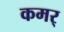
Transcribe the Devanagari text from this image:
कमर्